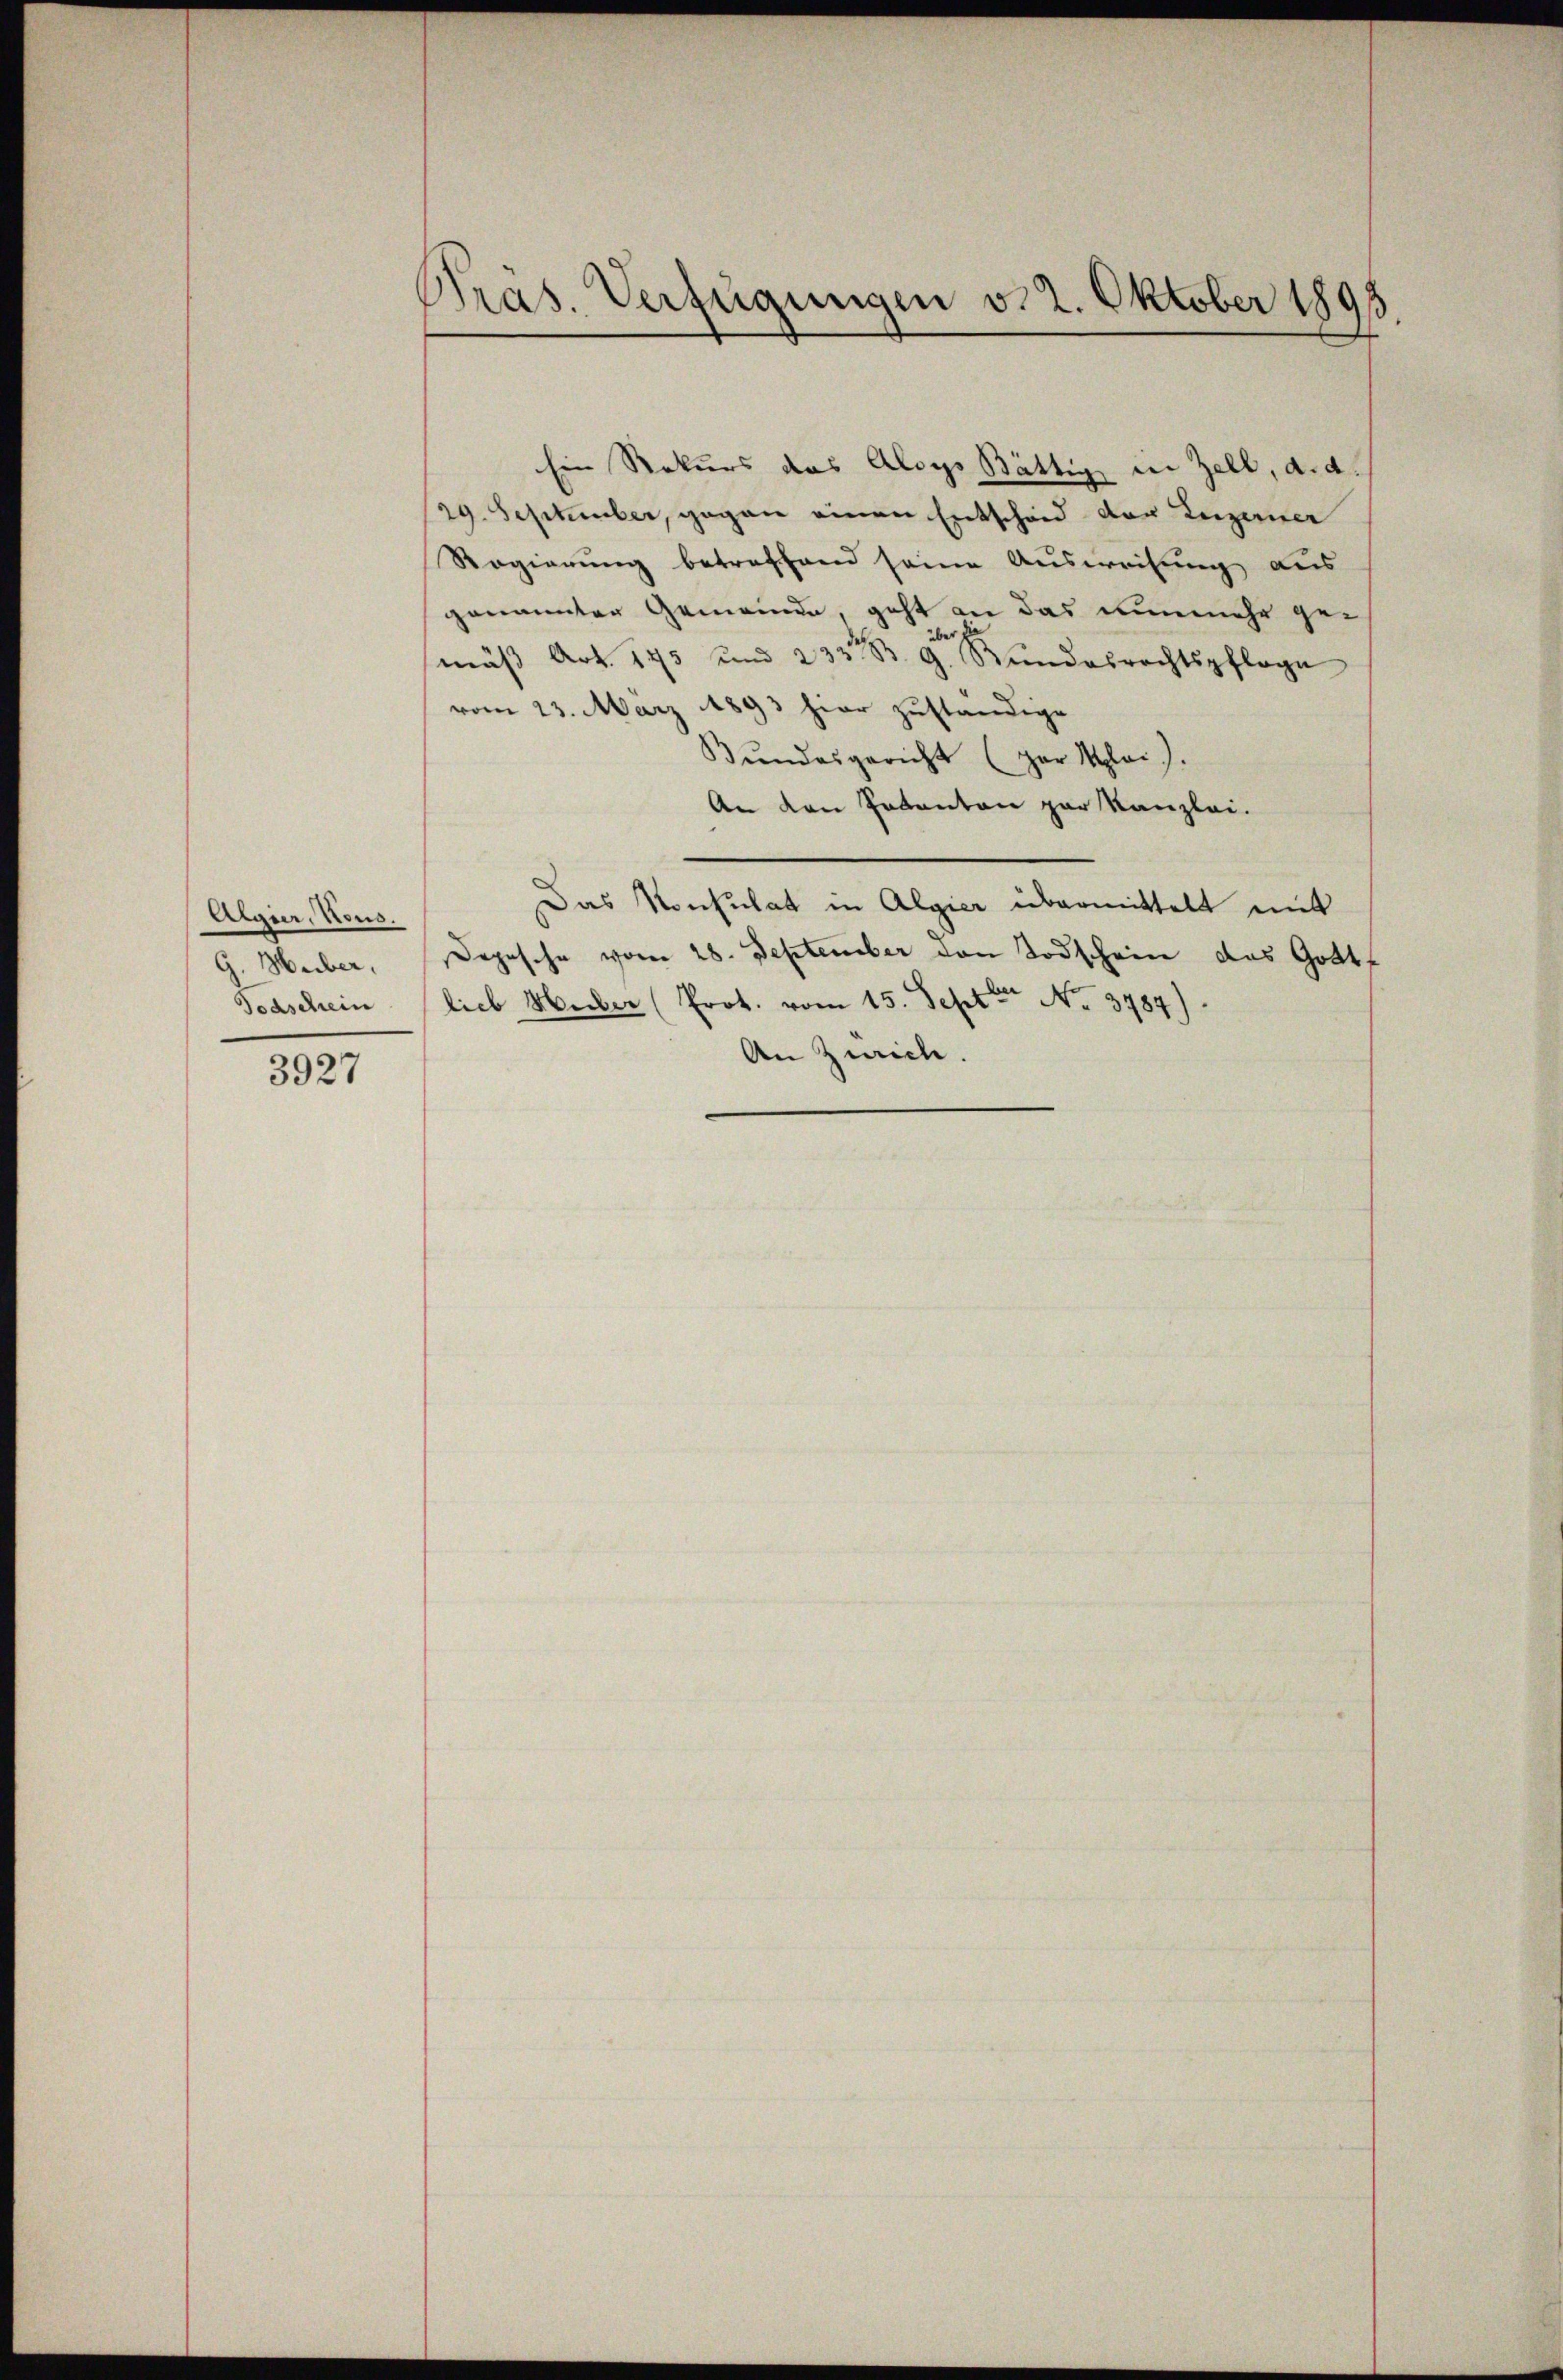
Algier, Sous.
G. Huber,
Todschein

3927

Pras. Verfügungen v. 2. Oktober 1893.

Ein Rekurs das Aloys Bättig in Zell, d. d.
29. September, gegen einen Entscheid der Luzerner
Regierung betreffend seine Ausweisung aus
genannter Gemeinde, geht an das nunmehr geder
mäβ Art. 173 und 233. B. G. Rŭndesrechtspfloge
vom 23. März 1893 hier zuständige
Bŭndesgericht (par Klai).
An den Pakanton zur Kanzlei.
Das Konsulat in Algier übermittelt mit
Depesche vom 28. September den Todschein das Gottf
lieb Huber (Prot. vom 15. Sept No. 3787).
An Zürich.